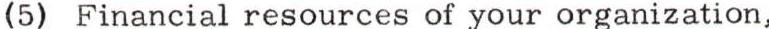
(5) Financial resources of your organization,